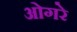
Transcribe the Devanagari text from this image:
ओगरे